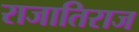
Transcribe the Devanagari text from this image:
राजातिराज